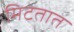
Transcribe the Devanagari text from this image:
मिटतात